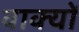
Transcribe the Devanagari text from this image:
वाक्‍यों